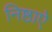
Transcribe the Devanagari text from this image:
निष्ठाऐ